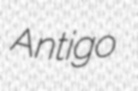
Antigo